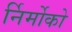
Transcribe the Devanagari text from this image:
र्निर्मोको